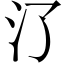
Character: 𣱾